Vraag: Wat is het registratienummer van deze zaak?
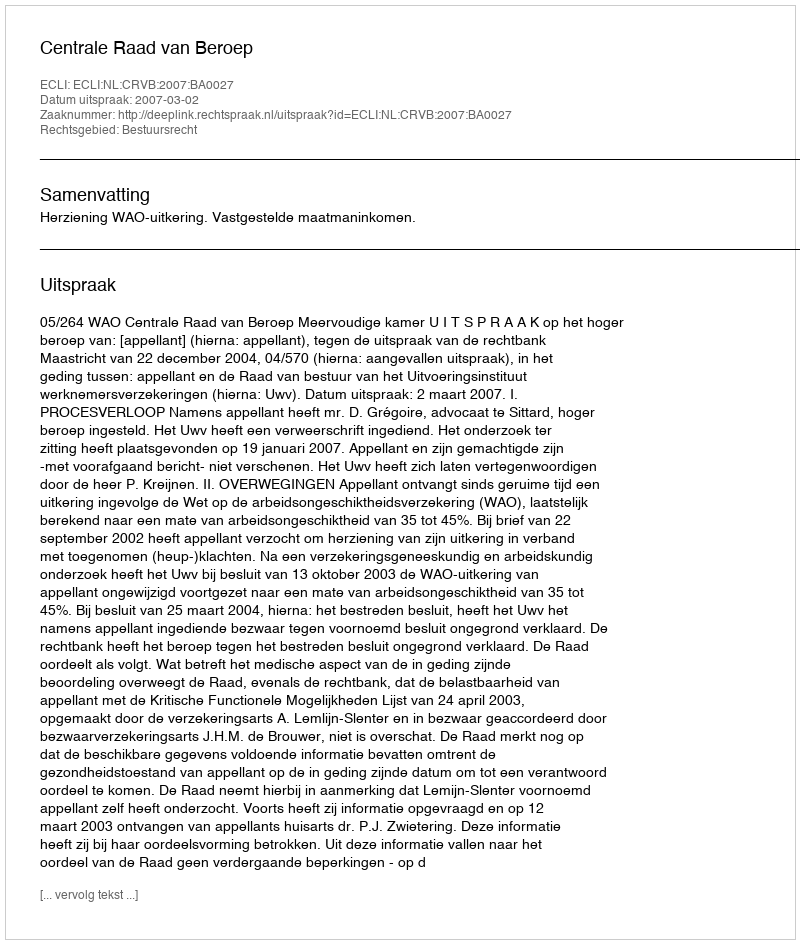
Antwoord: http://deeplink.rechtspraak.nl/uitspraak?id=ECLI:NL:CRVB:2007:BA0027